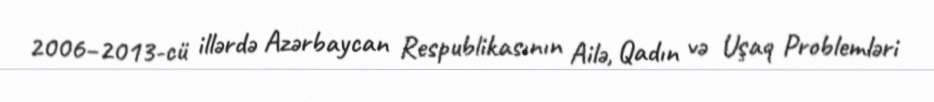
2006–2013-cü illərdə Azərbaycan Respublikasının Ailə, Qadın və Uşaq Problemləri